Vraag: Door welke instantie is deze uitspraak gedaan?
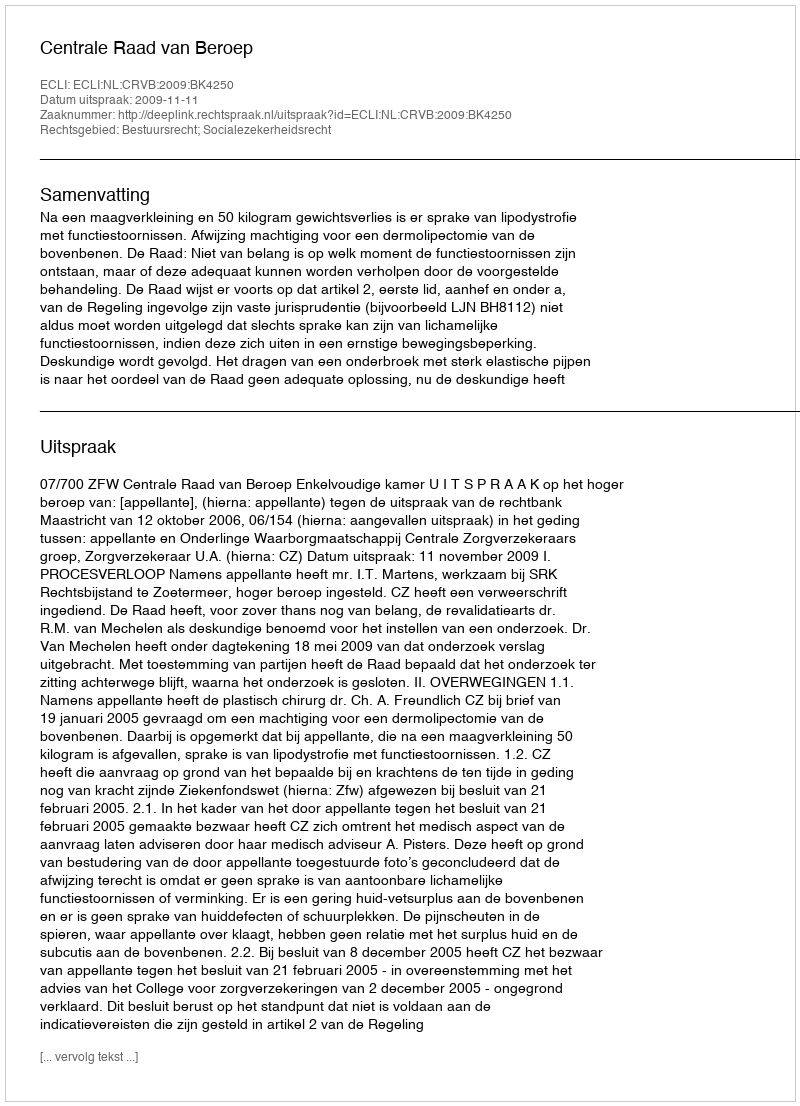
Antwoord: Centrale Raad van Beroep